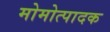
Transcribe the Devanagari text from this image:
मोमोत्पादक